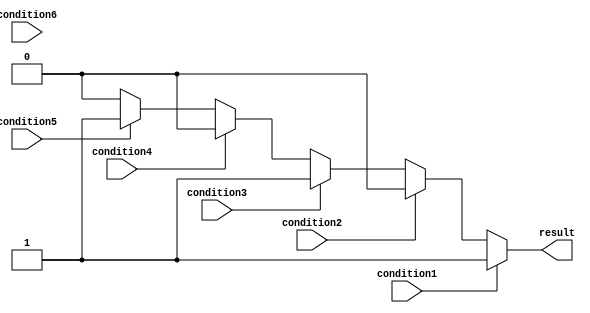
module if_else_ladder(
    input wire condition1,
    input wire condition2,
    input wire condition3,
    input wire condition4,
    input wire condition5,
    input wire condition6,
    output reg result
);

always @*
begin
    if(condition1)
        result = 1;
    else if(condition2)
        result = 2;
    else if(condition3)
        result = 3;
    else if(condition4)
        result = 4;
    else if(condition5)
        result = 5;
    else if(condition6)
        result = 6;
    else
        result = 0; // Default block of code
end

endmodule